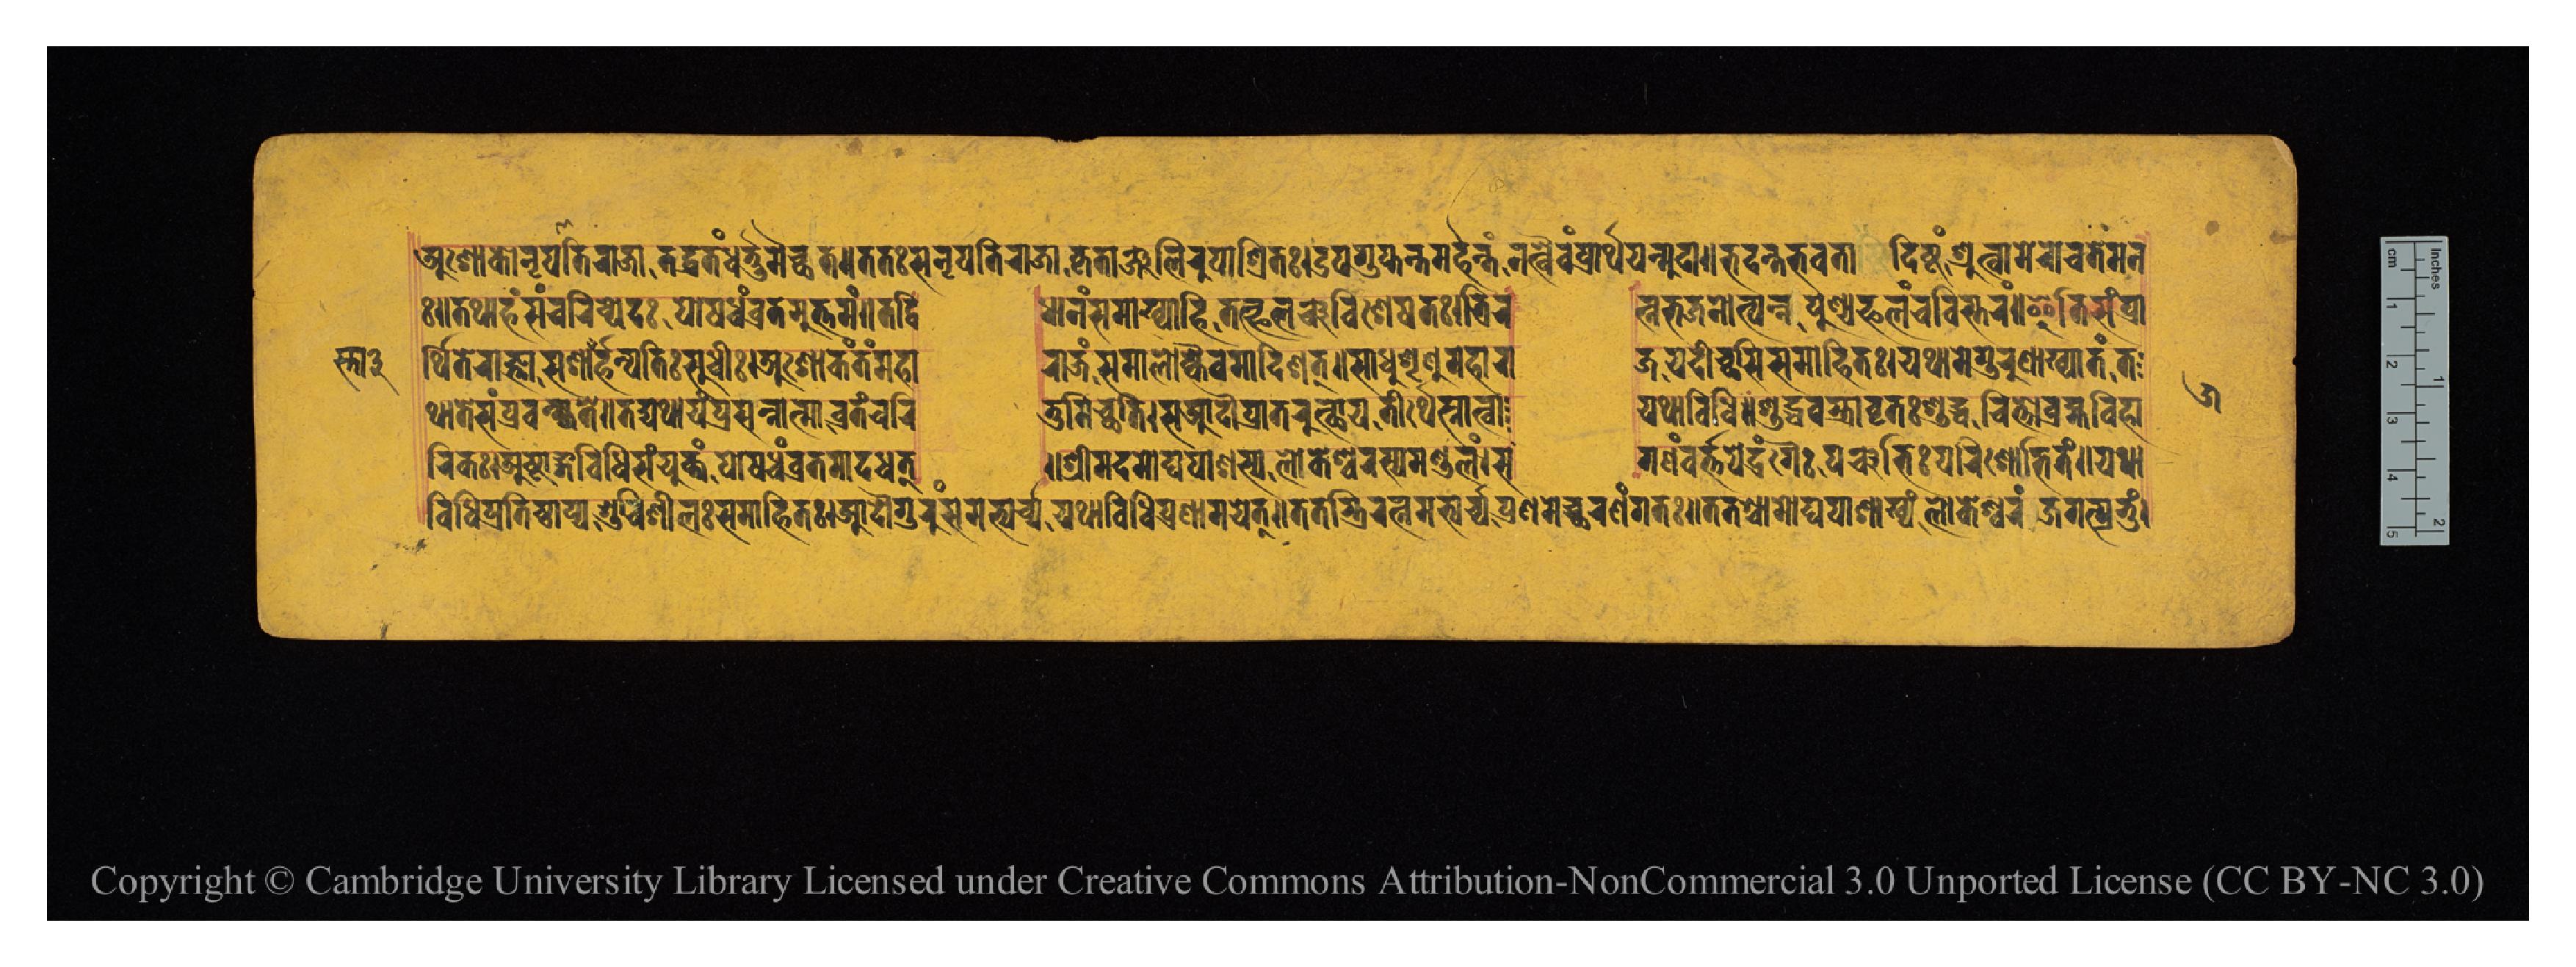
𑐳𑑂𑐟𑐵𑑓 𑐀𑐱𑑀𑐎𑑀𑐣𑐺𑐥𑐟𑐷𑐬𑐵𑐖𑐵𑐟𑐡𑑂𑐰𑑂𑐬𑐟𑑄𑐢𑐬𑑂𑐟𑐸𑐩𑐿𑐔𑑂𑐕𑐟𑑌𑐟𑐟𑑅𑐳𑐣𑐺𑐥𑐟𑐷𑐬𑐵𑐖𑐵𑐎𑐺𑐟𑐵𑐘𑑂𑐖𑐮𑐶𑐬𑐸𑐥𑐵𑐱𑑂𑐬𑐶𑐟𑑅𑑋𑐄𑐥𑐐𑐸𑐥𑑂𑐟𑑄𑐟𑐩𑐬𑑂𑐴𑐣𑑂𑐟𑑄𑐣𑐟𑑂𑐰𑐿𑐰𑑄𑐥𑑂𑐬𑐵𑐬𑑂𑐠𑐫𑐣𑑂𑐩𑐸𑐡𑐵𑑌𑐨𑐰𑐣𑑂𑐟𑐾𑐨𑐰𑐟𑐵𑐡𑐶𑐲𑑂𑐚𑑄𑐱𑑂𑐬𑐸𑐟𑑂𑐰𑐵𑐩𑐾𑐬𑑀𑐔𑐟𑐾𑐩𑐣 𑑅𑑌𑐟𑐠𑐵𑐴𑑄𑐳𑑄𑐔𑐬𑐶𑐲𑑂𑐫𑐾𑐡𑑅𑐥𑑀𑐲𑐢𑑄𑐰𑑂𑐬𑐟𑐩𑐸𑐟𑑂𑐟𑐩𑐩𑑂𑑌𑐟𑐡𑑂𑐰𑐶𑐢𑐵𑐣𑑄𑐳𑐩𑐵𑐏𑑂𑐫𑐵𑐴𑐶𑐟𑐟𑑂𑐦𑐮𑐘𑑂𑐔𑐰𑐶𑐱𑐾𑐲𑐟𑑅𑑋𑐟𑑂𑐬𑐶𑐬 𑐟𑑂𑐣𑐨𑐖𑐣𑑀𑐟𑑂𑐥𑐣𑑂𑐣𑐥𑐸𑐞𑑂𑐫𑐦𑐮𑑄𑐔𑐰𑐶𑐳𑑂𑐟𑐬𑐩𑑂𑑌𑐂𑐟𑐶𑐳𑑄𑐥𑑂𑐬𑐵 𑐬𑑂𑐠𑐶𑐟𑐾𑐬𑐵𑐖𑑂𑐘𑐵𑐳𑐱𑐵𑐳𑑂𑐟𑐵𑐬𑑂𑐴𑐣𑑂𑐫𑐟𑐶𑑅𑐳𑐸𑐢𑐶𑑅𑑋𑐀𑐱𑑀𑐎𑑄𑐟𑑄𑐩𑐴𑐵 𑐬𑐵𑐖𑑄𑐳𑐩𑐵𑐮𑑀𑐎𑑂𑐫𑐿𑐰𑐩𑐵𑐡𑐶𑐱𑐟𑑂𑑌𑐳𑐵𑐢𑐸𑐱𑐺𑐞𑐸𑐩𑐴𑐵𑐬𑐵 𑐖𑐫𑐡𑐶𑐔𑑂𑐕𑐳𑐶𑐳𑐩𑐵𑐴𑐶𑐟𑑅𑑋𑐫𑐠𑐵𑐩𑐾𑐐𑐸𑐬𑐸𑐞𑐵𑐏𑑂𑐫𑐵𑐟𑑄𑐟 𑐠𑐵𑐟𑐾𑐳𑑄𑐥𑑂𑐬𑐰𑐎𑑂𑐲𑑂𑐫𑐟𑐾𑑌𑐟𑐡𑑂𑐫𑐵𑐠𑐵𑐫𑑄𑐥𑑂𑐬𑐳𑐣𑑂𑐣𑐵𑐟𑑂𑐩𑐵𑐰𑑂𑐬𑐟𑐘𑑂𑐔𑐬𑐶 𑐟𑐸𑐩𑐶𑐔𑑂𑐕𑐟𑐶𑑋𑐳𑐁𑐡𑑁𑐥𑑂𑐬𑐵𑐟𑐬𑐸𑐟𑑂𑐠𑐵𑐫𑐟𑐷𑐬𑑂𑐠𑐳𑑂𑐣𑐵𑐟𑑂𑐰𑐵 𑐫𑐠𑐵𑐰𑐶𑐢𑐶𑑌𑐱𑐸𑐡𑑂𑐢𑐎𑑂𑐫𑐵𑐰𑐺𑐟𑑅𑐱𑐸𑐡𑑂𑐢𑐔𑐶𑐟𑑂𑐟𑑀𑐧𑑂𑐬𑐴𑑂𑐩𑐰𑐶𑐴𑐵 𑐰𑐶𑐢𑐶𑐥𑑂𑐬𑐟𑐶𑐲𑑂𑐛𑐵𑐥𑑂𑐫𑐱𑐸𑐔𑐶𑐱𑐷𑐮𑑅𑐳𑐩𑐵𑐴𑐶𑐟𑑅𑑌𑐁𑐡𑑁𑐐𑐸𑐬𑐸𑑄𑐳𑐩𑐨𑑂𑐫𑐬𑑂𑐔𑑂𑐫𑐫𑐠𑐵𑐰𑐶𑐢𑐶𑐥𑑂𑐬𑐞𑐵𑐩𑐫𑐾𑐟𑑂𑑌𑐟𑐟𑐫𑐶𑐬𑐟𑑂𑐣𑐩𑐨𑑂𑐫𑐬𑑂𑐔𑑂𑐫𑐥𑑂𑐬𑐞𑐩𑐾𑐔𑑂𑐕𑐬𑐞𑑄𑐐𑐟𑑅𑑋𑐟𑐟𑐱𑑂𑐔𑐵𑐩𑑀𑐑𑐥𑐵𑐱𑐵𑐏𑑂𑐫𑑄𑐮𑑀𑐎𑐾𑐱𑑂𑐰𑐬𑑄𑐖𑐐𑐟𑑂𑐥𑑂𑐬𑐨𑐸𑑄𑑋 𑐬𑐶𑐎𑑅𑑋𑐀𑐲𑑂𑐚𑐵𑑄𑐐𑐰𑐶𑐢𑐶𑐳𑑄𑐫𑐸𑐎𑑂𑐟𑑄𑐥𑑀𑐲𑐢𑑄𑐰𑑂𑐬𑐟𑐩𑐵𑐡𑐢𑐟𑑂 𑑌𑐱𑑂𑐬𑐷𑐩𑐡𑐩𑑀𑐥𑐵𑐱𑐳𑑂𑐫𑐮𑑀𑐎𑐾𑐱𑑂𑐰𑐬𑐳𑑂𑐫𑐩𑐞𑑂𑐜𑐮𑐩𑑂𑑋𑐳 𑐐𑐞𑑄𑐰𑐬𑑂𑐟𑐫𑐾𑐡𑑂𑐬𑑄𑐐𑐿𑑅𑐥𑐘𑑂𑐔𑐨𑐶𑑅𑐥𑐬𑐶𑐱𑑀𑐨𑐶𑐟𑐩𑑂𑑌𑐫𑐠𑐵 𑑕